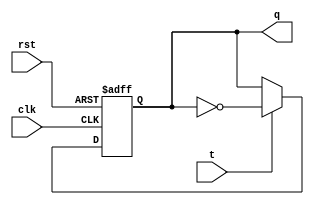
module TFF (
    input clk, rst, t,
    output reg q
);

    always @(posedge clk or posedge rst) begin
        if (rst) q<=0;
        else if (t) q<=~q;
    end
    
endmodule